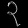
Digit: ၃